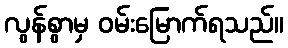
လွန်စွာမှ ဝမ်းမြောက်ရသည်။